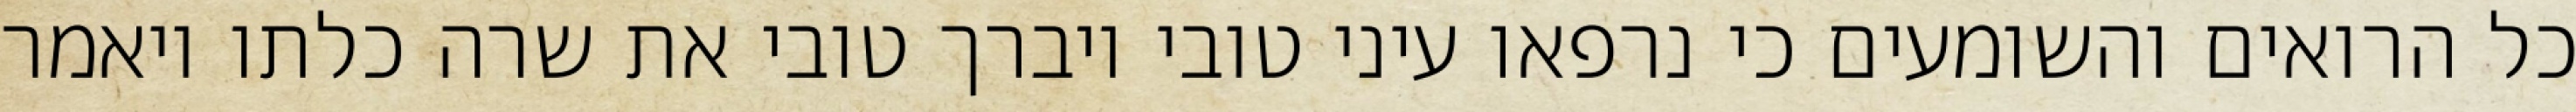
כל הרואים והשומעים כי נרפאו עיני טובי ויברך טובי את שרה כלתו ויאמר